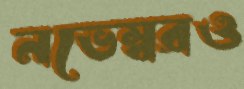
নভেম্বরও